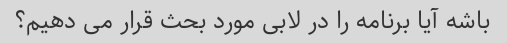
باشه آیا برنامه را در لابی مورد بحث قرار می دهیم؟